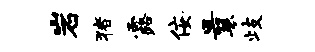
岩猪露佞曩歧